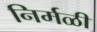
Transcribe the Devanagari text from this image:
निर्मळी